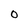
Character: O